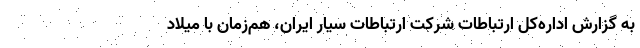
به گزارش اداره‌کل ارتباطات شرکت ارتباطات سیار ایران، هم‌زمان با میلاد